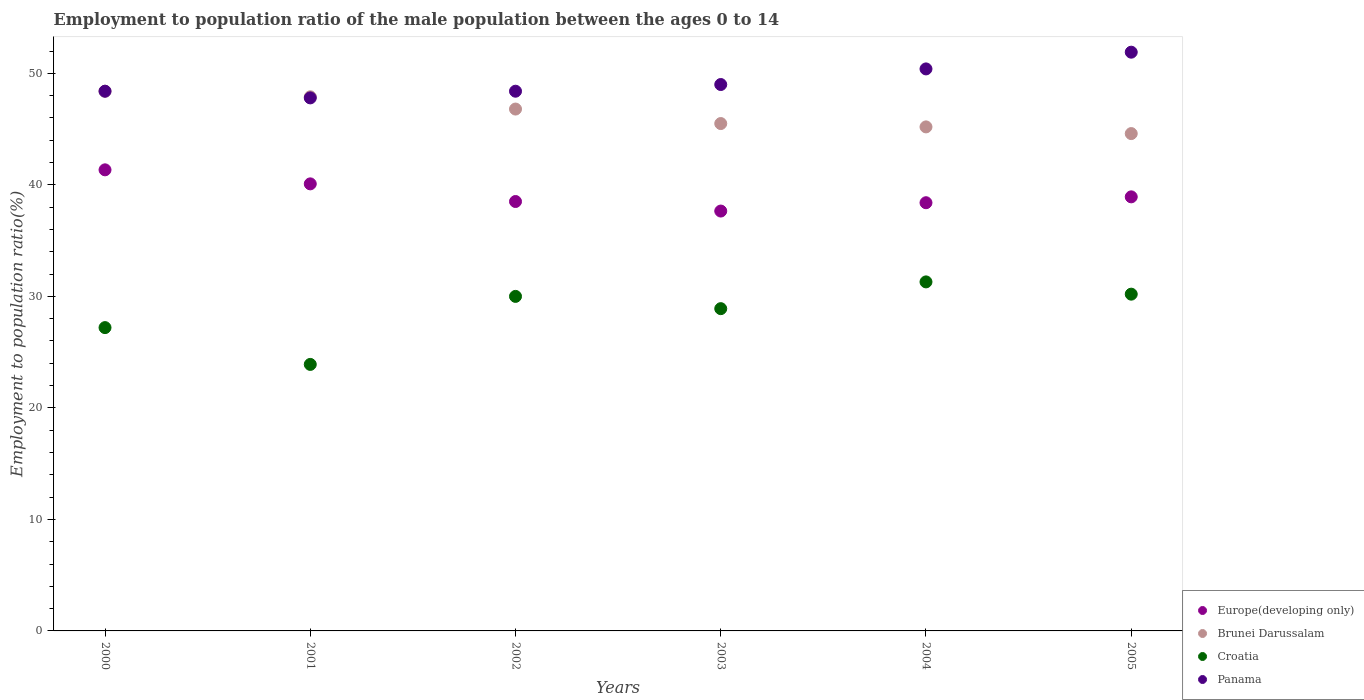
| Years | Europe(developing only) | Brunei Darussalam | Croatia | Panama |
 | --- | --- | --- | --- | --- |
 | 2000 | 41.3 | 48.4 | 27.2 | 48.4 |
 | 2001 | 40.1 | 47.9 | 23.9 | 47.8 |
 | 2002 | 38.5 | 46.8 | 30 | 48.4 |
 | 2003 | 37.7 | 45.5 | 28.9 | 49 |
 | 2004 | 38.4 | 45.2 | 31.3 | 50.4 |
 | 2005 | 38.9 | 44.6 | 30.2 | 51.9 |